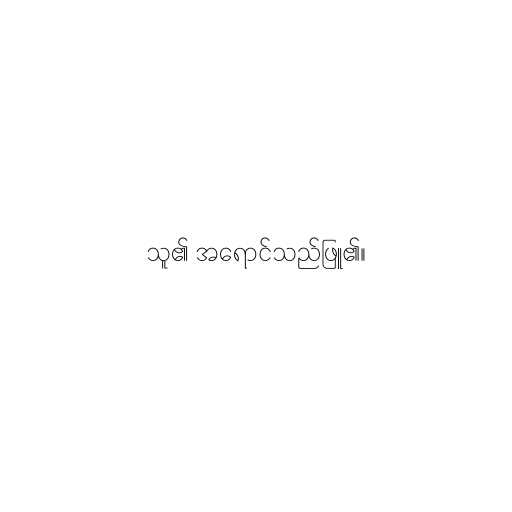
သူ၏ အရောင်သည်ဖြူ၏။